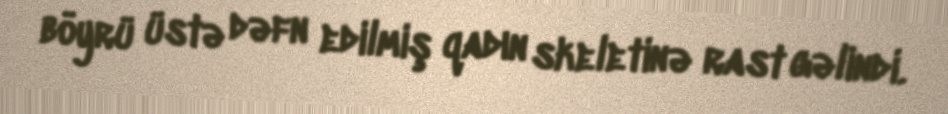
böyrü üstə dəfn edilmiş qadın skeletinə rast gəlindi.